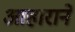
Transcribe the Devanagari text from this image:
आहाराने